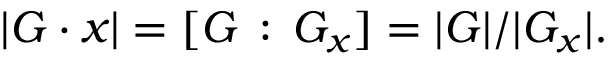
| G \cdot x | = [ G \, : \, G _ { x } ] = | G | / | G _ { x } | .